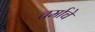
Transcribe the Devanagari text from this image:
चर्माचे